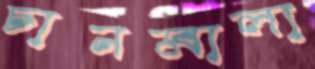
চানমালা